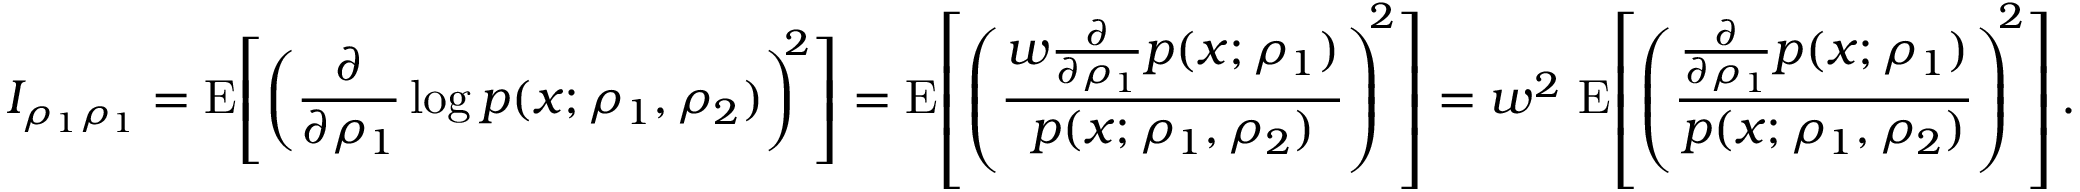
I _ { \rho _ { 1 } \rho _ { 1 } } = \operatorname { E } \! \left[ \left( \frac { \partial } { \partial { \rho _ { 1 } } } \log p ( x ; \rho _ { 1 } , \rho _ { 2 } ) \right) ^ { \! \! 2 } \right] = \operatorname { E } \! \left[ \left( \frac { w \frac { \partial } { \partial \rho _ { 1 } } p ( x ; \rho _ { 1 } ) } { p ( x ; \rho _ { 1 } , \rho _ { 2 } ) } \right) ^ { \! \! 2 } \right] = w ^ { 2 } \, \operatorname { E } \! \left[ \left( \frac { \frac { \partial } { \partial \rho _ { 1 } } p ( x ; \rho _ { 1 } ) } { p ( x ; \rho _ { 1 } , \rho _ { 2 } ) } \right) ^ { \! \! 2 } \right] .